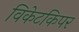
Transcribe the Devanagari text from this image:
विकेटकिपर